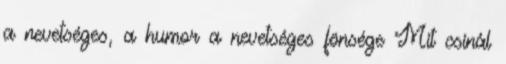
a nevetséges, a humor a nevetséges fönsége Mit csinál